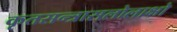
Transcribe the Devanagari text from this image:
कृतसन्त्रासलोलाक्षो